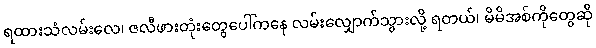
ရထားသံလမ်းလေ၊ ဇလီဖားတုံးတွေပေါ်ကနေ လမ်းလျှောက်သွားလို့ ရတယ်၊ မိမိအစ်ကိုတွေဆို